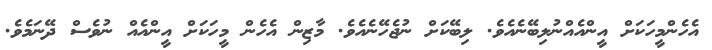
އެހެންމީހަކަށް އީންއެއްނުލިބޭނެއެވެ. ލިބޭކަށް ނުޖެހޭނެއެވެ. މާޒިން އެހެން މީހަކަށް އީންއެއް ނުވެސް ދޭނަމެވެ.